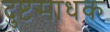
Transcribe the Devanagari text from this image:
दुष्टसाधक